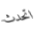
اتحدث